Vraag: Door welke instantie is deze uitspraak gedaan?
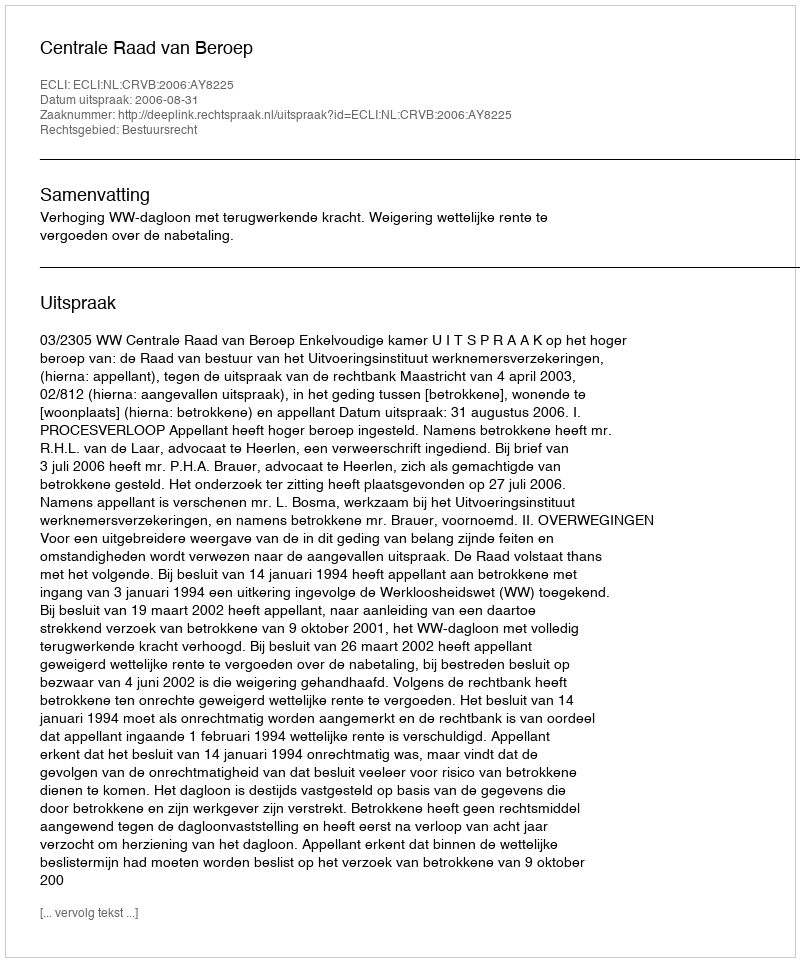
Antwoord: Centrale Raad van Beroep